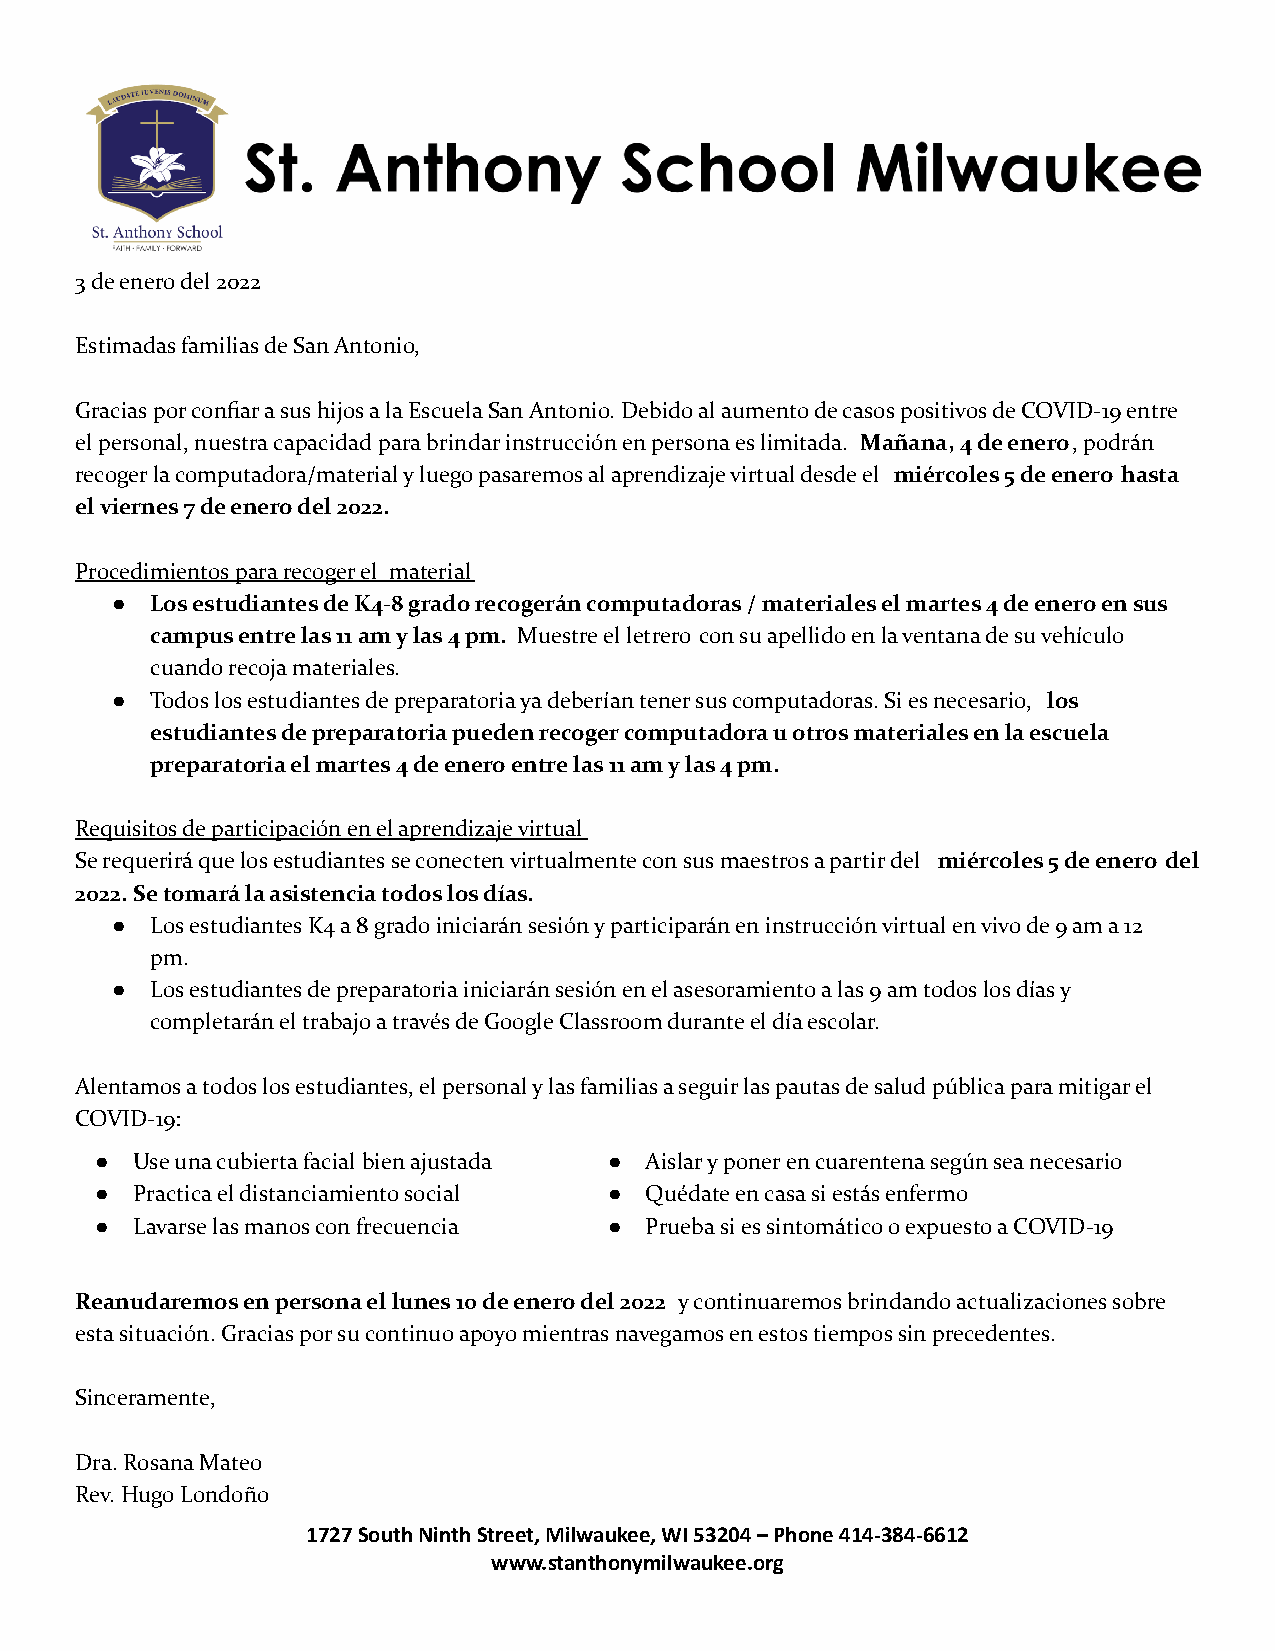
3 de enero del 2022
 Estimadas familias de San Antonio,
 Gracias por confiar a sus hijos a la Escuela San Antonio. Debido al aumento de casos positivos de COVID-19 entre
 el personal, nuestra capacidad para brindar instrucción en persona es limitada. Mañana, 4 de enero, podrán
 recoger la computadora/material y luego pasaremos al aprendizaje virtual desde el miércoles 5 de enero hasta
 el viernes 7 de enero del 2022.
 Procedimientos para recoger el material
 ●  Los estudiantes de K4-8 grado recogerán computadoras / materiales el martes 4 de enero en sus
 campus entre las 11 am y las 4 pm. Muestre el letrero con su apellido en la ventana de su vehículo
 cuando recoja materiales.
 ●  Todos los estudiantes de preparatoria ya deberían tener sus computadoras. Si es necesario, los
 estudiantes de preparatoria pueden recoger computadora u otros materiales en la escuela
 preparatoria el martes 4 de enero entre las 11 am y las 4 pm.
 Requisitos de participación en el aprendizaje virtual
 Se requerirá que los estudiantes se conecten virtualmente con sus maestros a partir del miércoles 5 de enero del
 2022.Se tomará la asistencia todos los días.
 ●  Los estudiantes K4 a 8 grado iniciarán sesión y participarán en instrucción virtual en vivo de 9 am a 12
 pm.
 ●  Los estudiantes de preparatoria iniciarán sesión en el asesoramiento a las 9 am todos los días y
 completarán el trabajo a través de Google Classroom durante el día escolar.
 Alentamos a todos los estudiantes, el personal y las familias a seguir las pautas de salud pública para mitigar el
 COVID-19:
 ●  Use una cubierta facial bien ajustada ● Aislar y poner en cuarentena según sea necesario
 ●  Practica el distanciamiento social ● Quédate en casa si estás enfermo
 ●  Lavarse las manos con frecuencia ● Prueba si es sintomático o expuesto a COVID-19
 Reanudaremos en persona el lunes 10 de enero del 2022 y continuaremos brindando actualizaciones sobre
 esta situación. Gracias por su continuo apoyo mientras navegamos en estos tiempos sin precedentes.
 Sinceramente,
 Dra. Rosana Mateo
 Rev. Hugo Londoño
 1727 South Ninth Street, Milwaukee, WI 53204 – Phone 414-384-6612
 www.stanthonymilwaukee.org